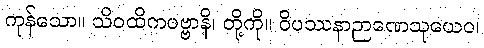
ကုန်သော။ သိဝထိကပဗ္ဗာနိ၊ တို့ကို။ ဝိပဿနာဉာဏေသုယေဝ၊